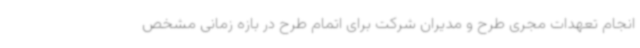
انجام تعهدات مجری طرح و مدیران شرکت برای اتمام طرح در بازه زمانی مشخص